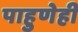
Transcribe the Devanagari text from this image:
पाहुणेही